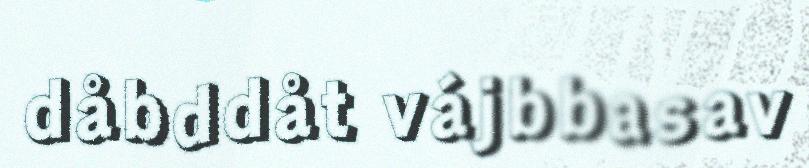
dåbddåt vájbbasav